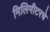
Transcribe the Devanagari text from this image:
मिलिमीटरचे